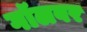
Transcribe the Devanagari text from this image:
गॉलवर